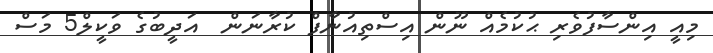
މިއީ އިންސާފުވެރި ޙުކުމެއް ނޫން އިސްތިއުނާފް ކުރާނަން  އަދީބުގެ ވަކީލް5 މަސް